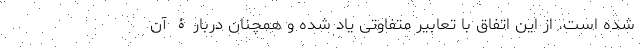
شده است. از این اتفاق با تعابیر متفاوتی یاد شده و همچنان دربارۀ آن